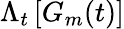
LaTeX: {{\Lambda}_{t}}\left[{{G}_{m}(t)}\right]